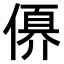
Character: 𠍩